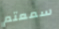
سمعتم